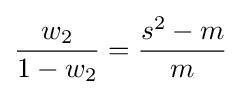
{\frac {w_{2}}{1-w_{2}}}={\frac {s^{2}-m}{m}}